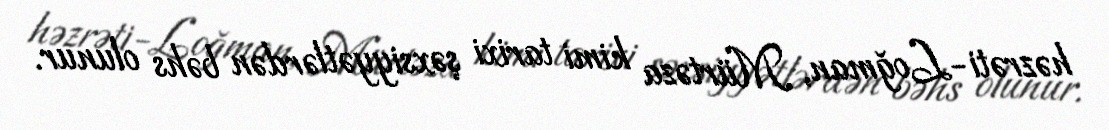
həzrəti-Loğman, Mürtəza kimi tarixi şəxsiyyətlərdən bəhs olunur.